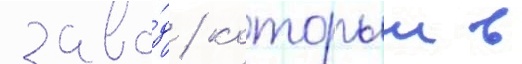
заво́д / которыи в